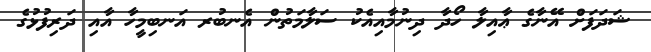
ޝަދަފަށް އޭނާގެ ޢާއިލާ ހޯދާ ދިނުމާއިއެކު ސަލާމަތުން އެނބުރ އަނބިމީހާ އާއި ދަރިފުޅުގެ